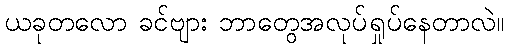
ယခုတလော ခင်ဗျား ဘာတွေအလုပ်ရှုပ်နေတာလဲ။